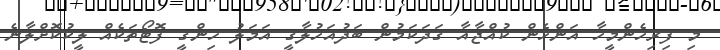
މި ފިރިހެންމީހާ އަންހެން ކުއްޖާއާ ގަދަކަމުން ބަދުއަޚުލާގީ އަމަލު ހިންގީ ފޮޓޯތަކެއް ލީކުކޮށްލާނެ